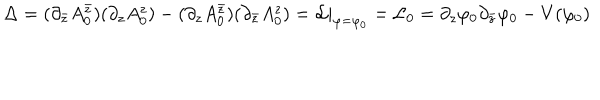
LaTeX: \Delta = ( \partial _ { \bar { z } } A _ { 0 } ^ { \bar { z } } ) ( \partial _ { z } A _ { 0 } ^ { z } ) - ( \partial _ { z } A _ { 0 } ^ { \bar { z } } ) ( \partial _ { \bar { z } } A _ { 0 } ^ { z } ) = { \cal L } | _ { \varphi = \varphi _ { 0 } } = { \cal L } _ { 0 } = \partial _ { z } \varphi _ { 0 } \partial _ { \bar { z } } \varphi _ { 0 } - V ( \varphi _ { 0 } )